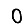
Digit: 0